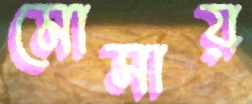
মোসায়